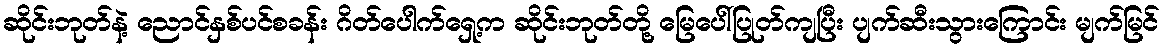
ဆိုင်းဘုတ်နဲ့ ညောင်နှစ်ပင်စခန်း ဂိတ်ပေါက်ရှေ့က ဆိုင်းဘုတ်တို့ မြေပေါ်ပြုတ်ကျပြီး ပျက်ဆီးသွားကြောင်း မျက်မြင်